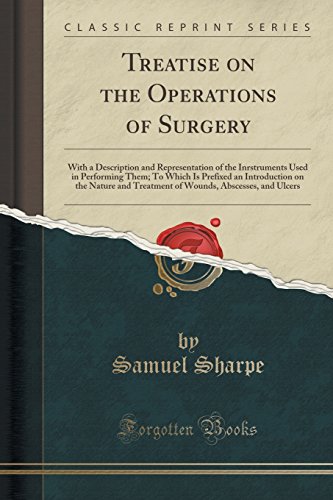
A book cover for Treatise on the Operations of Surgery: With a Description and Representation of the Inrstruments Used in Performing Them; To Which Is Prefixed an ... Abscesses, and Ulcers (Classic Reprint); Samuel Sharpe; Health, Fitness & Dieting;